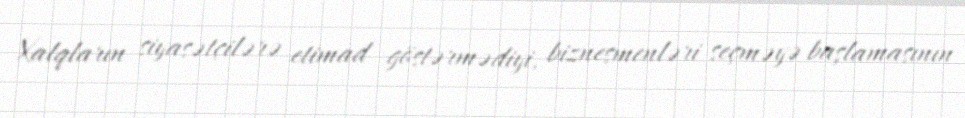
Xalqların siyasətçilərə etimad göstərmədiyi, biznesmenləri seçməyə başlamasının